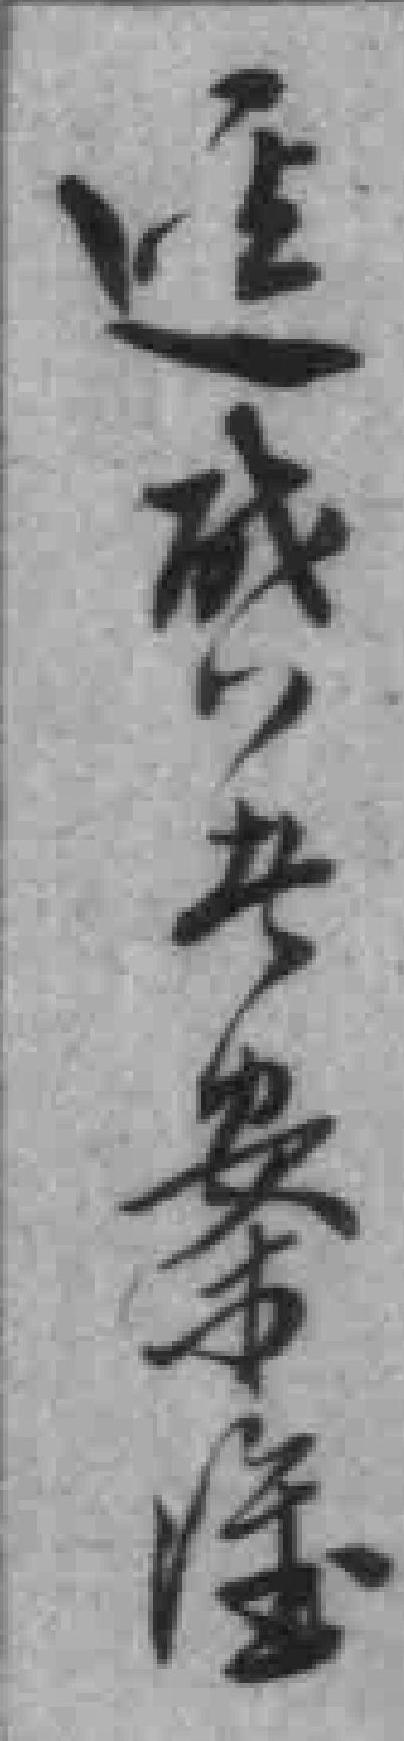
逕成*案*